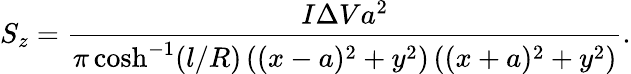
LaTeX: S_{z}=\frac{I\Delta Va^{2}}{\pi\cosh^{-1}(l/R)\left((x-a)^{2}+y^{2}\right)\left((x+a)^{2}+y^{2}\right)}.